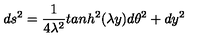
d s ^ { 2 } = \frac { 1 } { 4 \lambda ^ { 2 } } t a n h ^ { 2 } ( \lambda y ) d \theta ^ { 2 } + d y ^ { 2 }